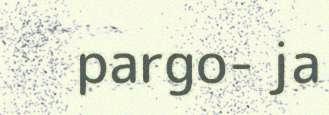
pargo- ja